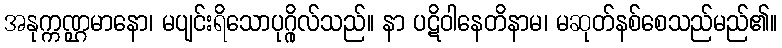
အနုက္ကဏ္ဌမာနော၊ မပျင်းရိသောပုဂ္ဂိုလ်သည်။ နာ ပဋိဝါနေတိနာမ၊ မဆုတ်နစ်စေသည်မည်၏။